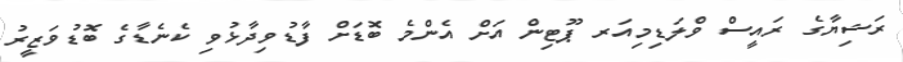
ރަޝިޔާގެ ރައީސް ވްލަޑިމިއަރ ޕޫޓިން އަށް އެންމެ ބޮޑަށް ފާޑުވިދާޅުވި ކެނެޑާގެ ބޮޑުވަޒީރު